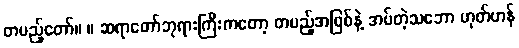
တပည့်တော်။ ။ ဆရာတော်ဘုရားကြီးကတော့ တပည့်အဖြစ်နဲ့ အပ်တဲ့သဘော ဟုတ်ဟန်